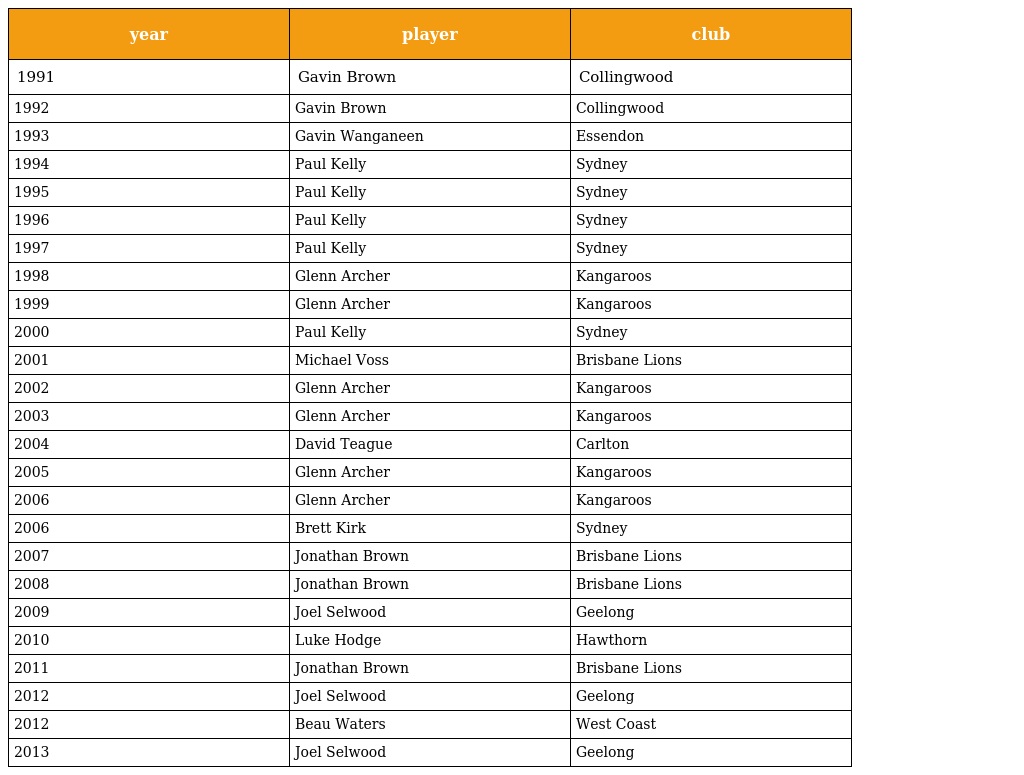
| year | player | club |
 | --- | --- | --- |
 | 1991 | Gavin Brown | Collingwood |
 | 1992 | Gavin Brown | Collingwood |
 | 1993 | Gavin Wanganeen | Essendon |
 | 1994 | Paul Kelly | Sydney |
 | 1995 | Paul Kelly | Sydney |
 | 1996 | Paul Kelly | Sydney |
 | 1997 | Paul Kelly | Sydney |
 | 1998 | Glenn Archer | Kangaroos |
 | 1999 | Glenn Archer | Kangaroos |
 | 2000 | Paul Kelly | Sydney |
 | 2001 | Michael Voss | Brisbane Lions |
 | 2002 | Glenn Archer | Kangaroos |
 | 2003 | Glenn Archer | Kangaroos |
 | 2004 | David Teague | Carlton |
 | 2005 | Glenn Archer | Kangaroos |
 | 2006 | Glenn Archer | Kangaroos |
 | 2006 | Brett Kirk | Sydney |
 | 2007 | Jonathan Brown | Brisbane Lions |
 | 2008 | Jonathan Brown | Brisbane Lions |
 | 2009 | Joel Selwood | Geelong |
 | 2010 | Luke Hodge | Hawthorn |
 | 2011 | Jonathan Brown | Brisbane Lions |
 | 2012 | Joel Selwood | Geelong |
 | 2012 | Beau Waters | West Coast |
 | 2013 | Joel Selwood | Geelong |